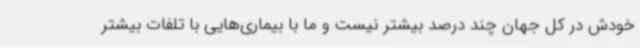
خودش در کل جهان چند درصد بیشتر نیست و ما با بیماری‌هایی با تلفات بیشتر